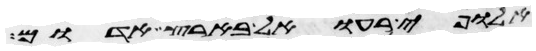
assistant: אלופי רעואל בארץ אדום